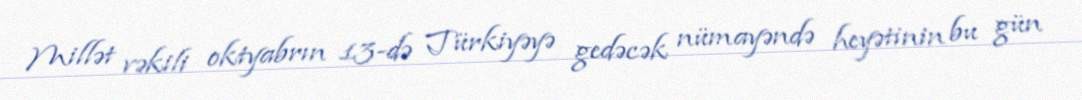
Millət vəkili oktyabrın 13-də Türkiyəyə gedəcək nümayəndə heyətinin bu gün